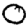
Digit: 0